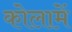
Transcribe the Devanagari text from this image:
कोलामें